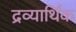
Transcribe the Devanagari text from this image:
द्रव्यार्थिंक